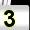
Digit: 3